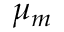
\mu _ { m } \,